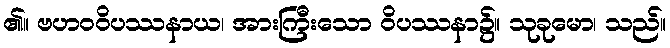
၏။ ဗဟဝဝိပဿနာယ၊ အားကြီးသော ဝိပဿနာ၌။ သုခုမော၊ သည်။